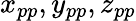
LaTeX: x_{pp},y_{pp},z_{pp}